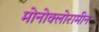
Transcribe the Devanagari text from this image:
मोनोक्लोरामीन